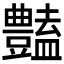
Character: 𧰟